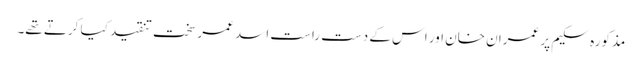
مذکورہ سکیم پر عمران خان اور اس کے دست راست اسد عمر سخت تنقید کیا کرتے تھے۔